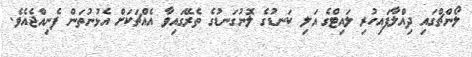
ލޯންޗްގައި ދިއްލާފައިހުރި ލައިޓްގެ އަލި ކަނޑުގެ ލޮނުގަނޑުގެ ތެރޭގައިވާ އެއްޗަކަށް އެޅުނުތަން ފެނިއްޖެއެވެ.